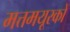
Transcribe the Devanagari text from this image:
मत्तमयूरकों